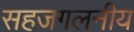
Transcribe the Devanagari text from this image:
सहजगलनीय